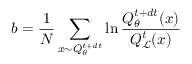
b = \frac { 1 } { N } \sum _ { x \sim Q _ { \theta } ^ { t + d t } } \ln \frac { Q _ { \theta } ^ { t + d t } ( x ) } { Q _ { \mathcal { L } } ^ { t } ( x ) }